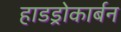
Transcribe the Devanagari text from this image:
हाडड्रोकार्बन